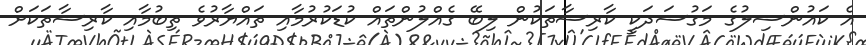
އެ ކައުންސިލުގެ މަގުސަދަކީ ކާރިސާތަކުން ލިބޭ ގެއްލުންތައް ކުޑަކުރުމާއި ތައްޔާރުވެ ތިބުމާއި ކާރިސާތަކަށް